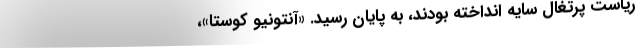
ریاست پرتغال سایه انداخته بودند، به پایان رسید. «آنتونیو کوستا»،